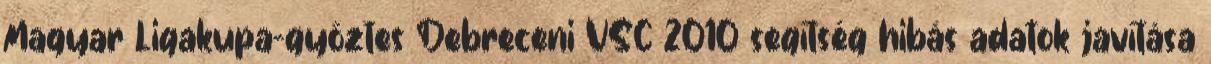
Magyar Ligakupa-győztes Debreceni VSC 2010 segítség hibás adatok javítása